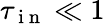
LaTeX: \tau_{\mathrm{~i~n~}}\ll 1